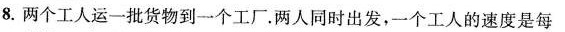
8.两个工人运一批货物到一个工厂.两人同时出发，一个工人的速度是每